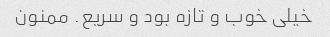
خیلی خوب و تازه بود و سریع. ممنون